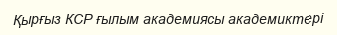
Қырғыз КСР ғылым академиясы академиктері